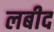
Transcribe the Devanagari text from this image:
लबीद